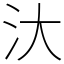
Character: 汏